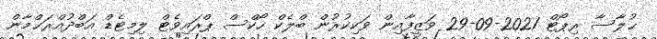
ޙުލާސާ ރިޕޯޓް 2021-09-29 ވަޒީފާއިން ވަކިކުރުން ބްލެކް ހޯކްސް ޕްރައިވެޓް ލިމިޓެޑް އަބްދުއްރަޙްމާން